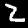
Digit: 2